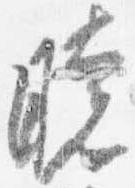
暁